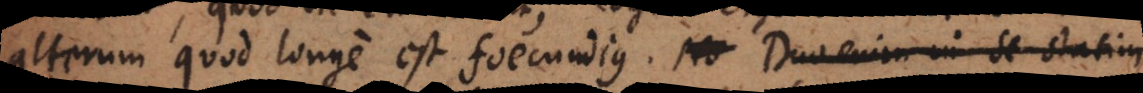
alterum quod longe est foecundius. No Duo enim in se statim